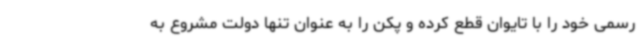
رسمی خود را با تایوان قطع کرده و پکن را به عنوان تنها دولت مشروع به